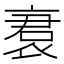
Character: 𬡝